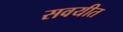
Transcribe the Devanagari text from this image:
सवयीत